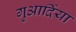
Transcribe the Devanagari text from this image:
गुआर्दिया